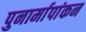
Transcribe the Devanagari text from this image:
पुनार्मापांकन